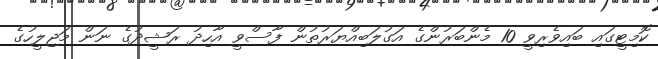
ކޮމިޓީގައި ބައިވެރިވީ 10 މެންބަރުންގެ އަގުލަބިއްޔަރުތުން ފާސްވީ އާހިދު ރަޝީދުގެ ނަން މަޖިލީހުގެ